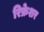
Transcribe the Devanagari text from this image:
रिफ्रेशर